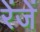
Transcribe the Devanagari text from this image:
रेंजें